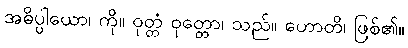
အဓိပ္ပါယော၊ ကို။ ဝုတ္တံ ဝုတ္တော၊ သည်။ ဟောတိ၊ ဖြစ်၏။